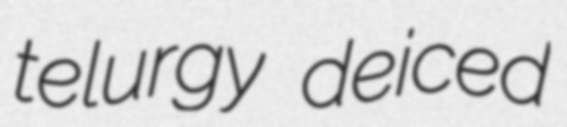
telurgy deiced